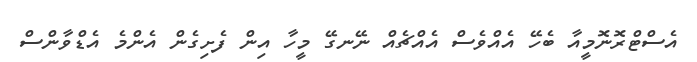
އެސްޓްރޮނޮމީއާ ބެހޭ އެއްވެސް އެއްޗެއް ނޭނގޭ މީހާ އިން ފެށިގެން އެންމެ އެޑްވާންސް